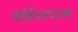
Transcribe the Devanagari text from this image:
बॉर्डरटाउन